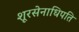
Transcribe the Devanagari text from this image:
शूरसेनाधिपति